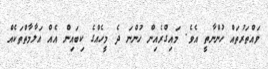
ވައްތަރުތައް ހުންނާތީ އެވެ. މައިގްރެއިން ހުންނަ ދެ މީހެއްގެ ކިބައިން އެއް އަލާމާތްތަކެއް